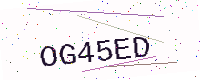
Text: OG45ED